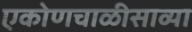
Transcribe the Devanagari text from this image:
एकोणचाळीसाव्या